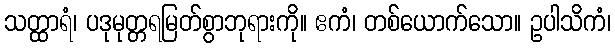
သတ္ထာရံ၊ ပဒုမုတ္တရမြတ်စွာဘုရားကို။ ဧကံ၊ တစ်ယောက်သော။ ဥပါသိကံ၊